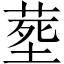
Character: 塟